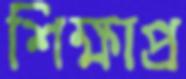
শিক্ষাপ্র